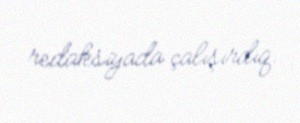
redaksiyada çalışırdıq.